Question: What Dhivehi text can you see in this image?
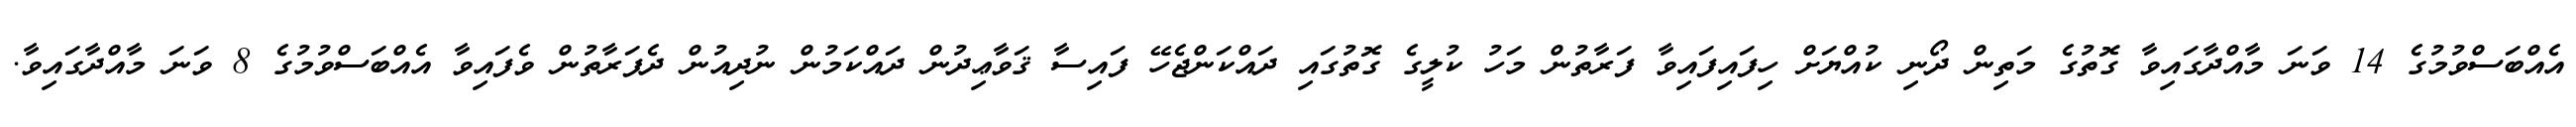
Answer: އެއްބަސްވުމުގެ 14 ވަނަ މާއްދާގައިވާ ގޮތުގެ މަތިން ދޯނި ކުއްޔަށް ހިފައިފައިވާ ފަރާތުން މަހު ކުލީގެ ގޮތުގައި ދައްކަންޖެހޭ ފައިސާ ޤަވާޢިދުން ދައްކަމުން ނުދިއުން ދެފަރާތުން ވެފައިވާ އެއްބަސްވުމުގެ 8 ވަނަ މާއްދާގައިވާ.